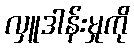
လှူဒါန်းမှုကို